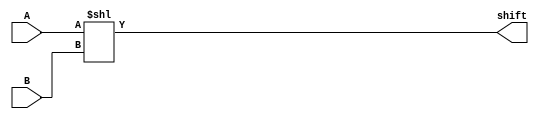
module leftshifter(
    input [3:0] A,
    input [3:0] B,
    output [7:0] shift
    );
    assign shift = A << B;
endmodule